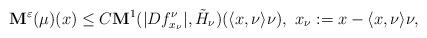
LaTeX: \begin{align*} \mathbf{M}^{\varepsilon}(\mu)(x)\leq C\mathbf{M}^1(|Df^{\nu}_{x_\nu}|,\tilde{H}_{\nu})(\langle x,\nu\rangle \nu), ~x_\nu:=x-\langle x,\nu\rangle \nu, \end{align*}